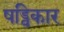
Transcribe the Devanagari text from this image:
षड्विकार